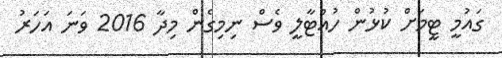
ގައުމީ ޓީމަށް ކުޅުން ހުއްޓާލީ ވެސް ނިމިގެން މިދާ 2016 ވަނަ އަހަރު